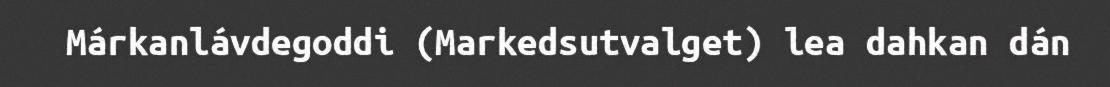
Márkanlávdegoddi (Markedsutvalget) lea dahkan dán